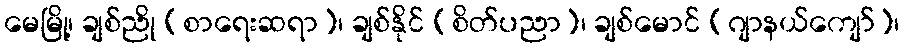
မေမြို့၊ ချစ်ညို (စာရေးဆရာ)၊ ချစ်နိုင် (စိတ်ပညာ)၊ ချစ်မောင် (ဂျာနယ်ကျော်)၊